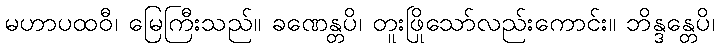
မဟာပထဝီ၊ မြေကြီးသည်။ ခဏေန္တပိ၊ တူးဖြိုသော်လည်းကောင်း။ ဘိန္ဒန္တေပိ၊